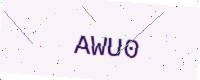
Text: AWU0